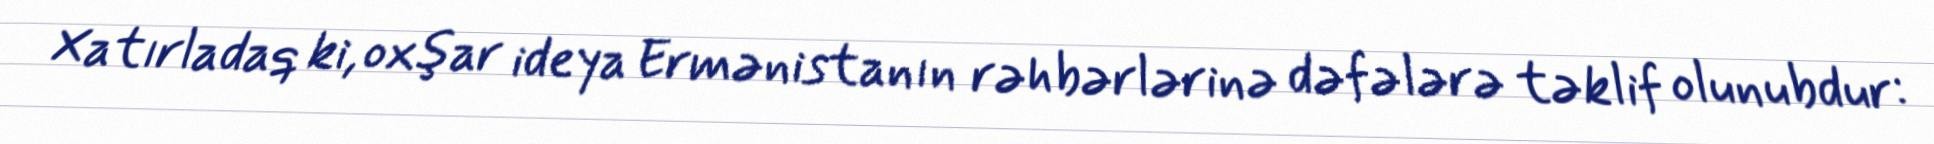
Xatırladaq ki, oxşar ideya Ermənistanın rəhbərlərinə dəfələrə təklif olunubdur: